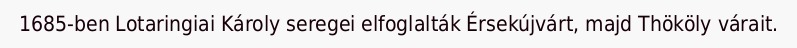
1685-ben Lotaringiai Károly seregei elfoglalták Érsekújvárt, majd Thököly várait.